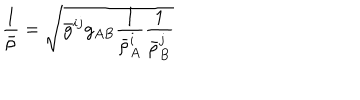
\frac { 1 } { \bar { \rho } } = \sqrt { \bar { g } ^ { i j } g _ { A B } \frac { 1 } { \bar { \rho } _ { A } ^ { i } } \frac { 1 } { \bar { \rho } _ { B } ^ { j } } }